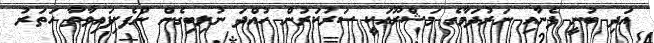
އަދި ބުނީ ފެނާއި ނަރުދަމާގެ މަޝްރޫއަކީ ސަރުކަރުން ހުއްދަ ނުލިބިގެން ނުފެށިފައިވާތާ ހަތަރު